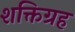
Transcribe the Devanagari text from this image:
शक्तिग्रह